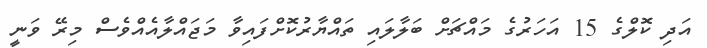
އަދި ކޮލްގެ 15 އަަހަރުގެ މައްޗަށް ބަލާލައި ތައްޔާރުކޮށްފައިވާ މަޖައްލާއެއްވެސް މިރޭ ވަނީ